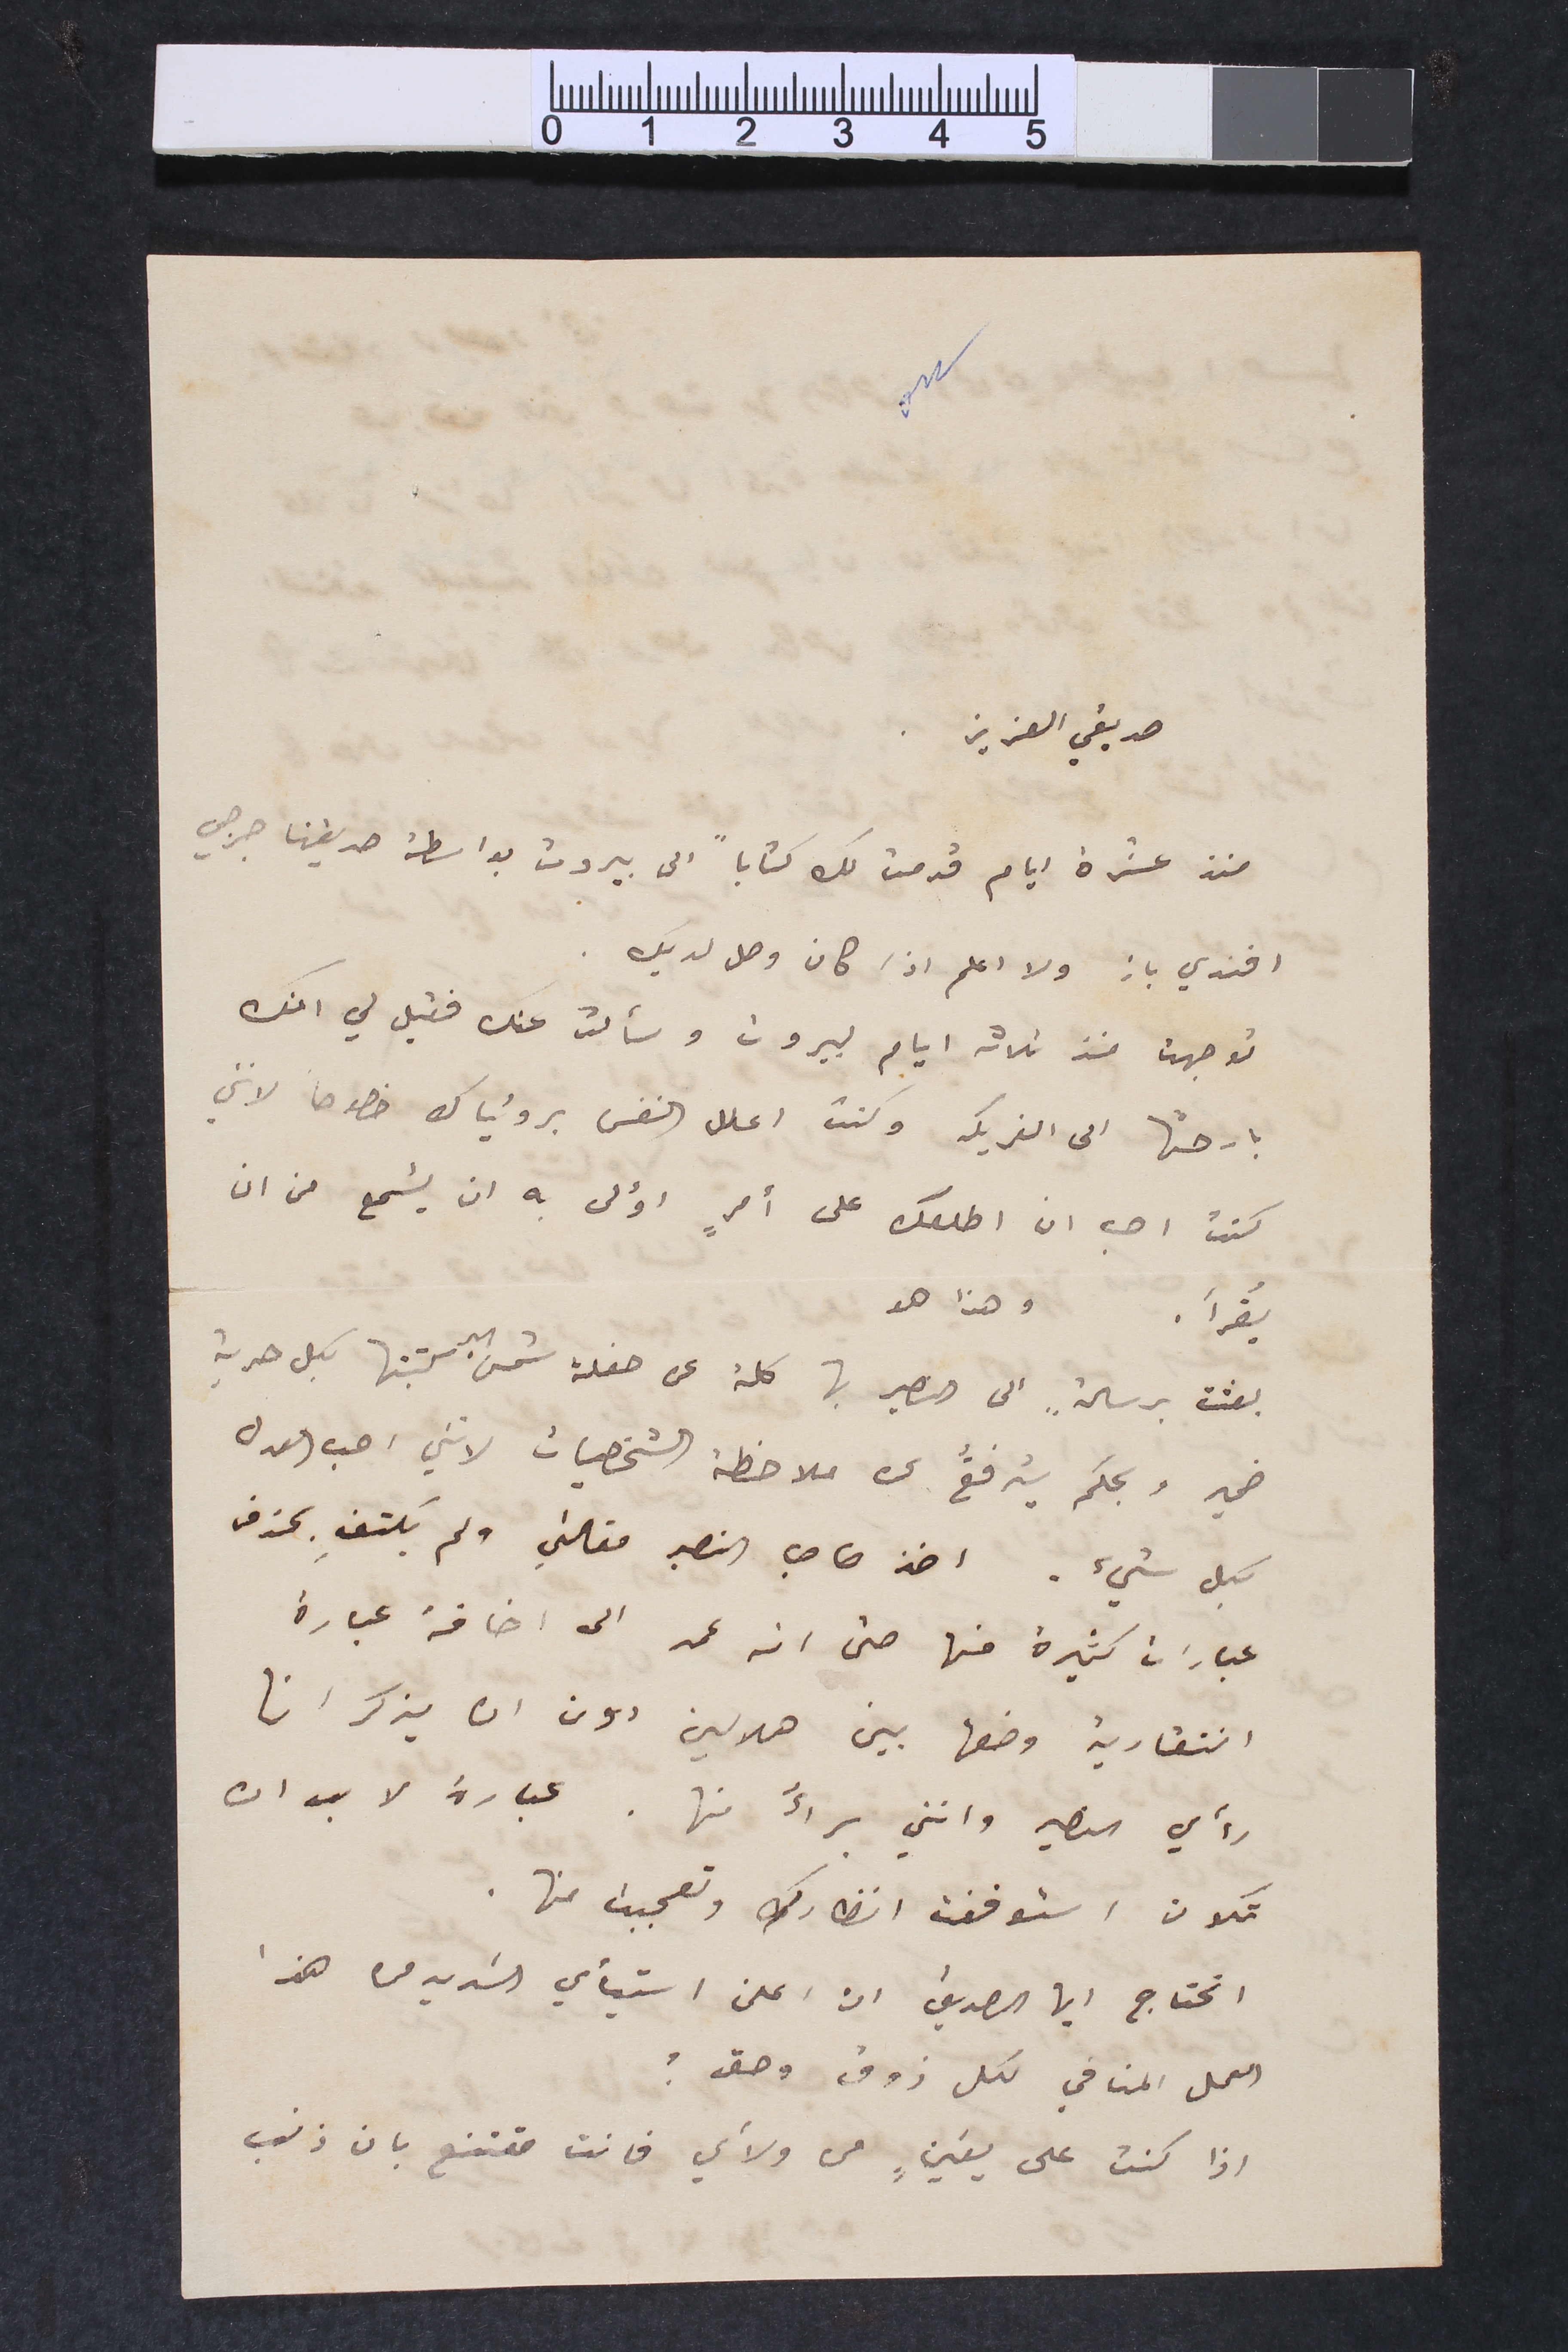
صديقي العزيز
منذ عشرة ايام قدمت لك كتاباً الى بيروت بواسطة صديقنا جرجي
افندي باز ولا اعلم اذا كان وصل لديك.
توجهت منذ ثلاثة ايام لبيروت وسألت عنك فقيل لي انك
بارحتها الى الفريكه وكنت اعلل النفس برؤياك خصوصاً لانني
كنت احب ان اطلعك على امرٍ اؤلى به ان يُسمع من ان
يُقرأ. وهذا هو
 بعثت برسالةٍ الى النصير بها كلمة عن حفلة شمس البر كتبتها بكل حرية
ضمير وبحكم يترفعُ عن ملاحظة الشخصيات لانني احب العدل
 بكل شيء. اخذ صاحب النصير مقالتي ولم يكتفِ بحذف
عبارات كثيرة منها حتى انه عمد الى اضافة عبارة
انتقادية وضعها بين هلالين دون ان يذكر انها
رأي النصير وانني براءٌ منها. عبارة لا بد ان
تكون استوقفت انظارك وتعجبت منها.

العمل المنافي لكل ذوق وحق؟
اذا كنت على يقينٍ من ولأي فانت مقتنع بان ذنب
اتحتاج ايها الصديق ان اعلن استيأي الشديد من هذا